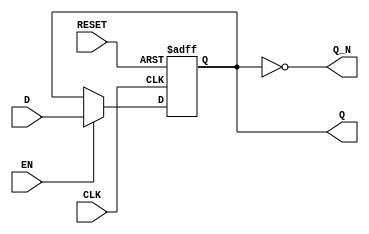
module gated_latch (
    input wire D,          // Data input
    input wire CLK,        // Clock input
    input wire EN,         // Enable input
    input wire RESET,      // Reset input
    output reg Q,          // Output (stored value)
    output wire Q_N        // Complement of the output
);

    assign Q_N = ~Q;       // Complement output

    // Always block for the gated latch logic
    always @(posedge CLK or posedge RESET) begin
        if (RESET) begin
            Q <= 1'b0;     // Reset the output to 0
        end else if (EN) begin
            Q <= D;        // Update output based on D when EN is high
        end
        // If EN is low, Q retains its previous value (no need for an explicit else)
    end

endmodule